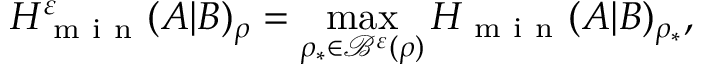
H _ { \mathrm { ~ m ~ i ~ n ~ } } ^ { \varepsilon } ( A | B ) _ { \rho } = \operatorname* { m a x } _ { \rho _ { \ast } \in \mathcal { B } ^ { \varepsilon } ( \rho ) } H _ { \mathrm { ~ m ~ i ~ n ~ } } ( A | B ) _ { \rho _ { \ast } } ,